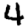
Digit: 4